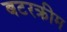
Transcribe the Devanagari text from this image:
बटरक्रीम